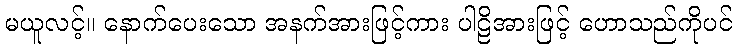
မယူလင့်။ နောက်ပေးသော အနက်အားဖြင့်ကား ပါဠိအားဖြင့် ဟောသည်ကိုပင်